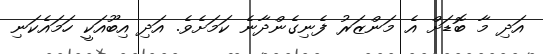
އަދި މާ ބޮޑަށް އެ މަންޒަރު ފެނިގެންދާނެ ކަމަށެވެ. އަދި އިބޫއަކީ ހަމައެކަނި